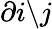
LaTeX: \partial i\backslash j